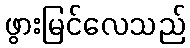
ဖွားမြင်လေသည်